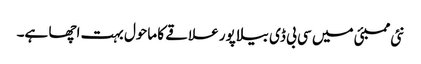
نئی ممبئی میں سی بی ڈی بیلا پور علاقے کا ماحول بہت اچھا ہے۔